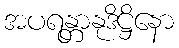
အပရန္တာနုဒိဋ္ဌိနော